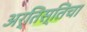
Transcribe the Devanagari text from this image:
अर्तिस्तिचा